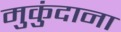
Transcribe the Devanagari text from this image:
मुकुंदाना